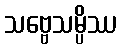
သဗ္ဗေသမ္ပိဿ